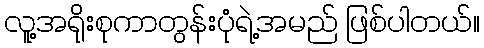
လူ့အရိုးစုကာတွန်းပုံရဲ့အမည် ဖြစ်ပါတယ်။